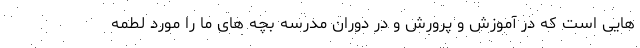
هایی است که در آموزش و پرورش و در دوران مدرسه بچه های ما را مورد لطمه